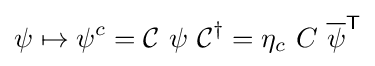
\psi \mapsto \psi ^{c}={\mathcal {C}}\ \psi \ {\mathcal {C}}^{\dagger }=\eta _{c}\ C\ {\overline {\psi }}^{\textsf {T}}